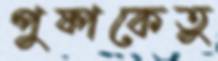
পুষ্পকেতুু